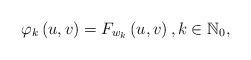
LaTeX: \begin{align*}\varphi_{k}\left( u,v\right) =F_{w_{k}}\left( u,v\right) ,k\in\mathbb{N}_{0}, \end{align*}